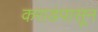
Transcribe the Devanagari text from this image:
कराडपासून